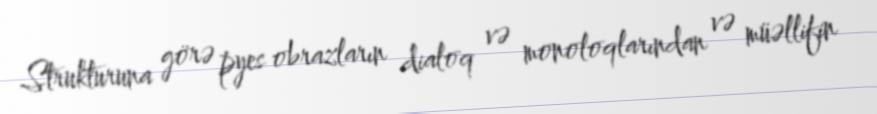
Strukturuna görə pyes obrazların dialoq və monoloqlarından və müəllifin